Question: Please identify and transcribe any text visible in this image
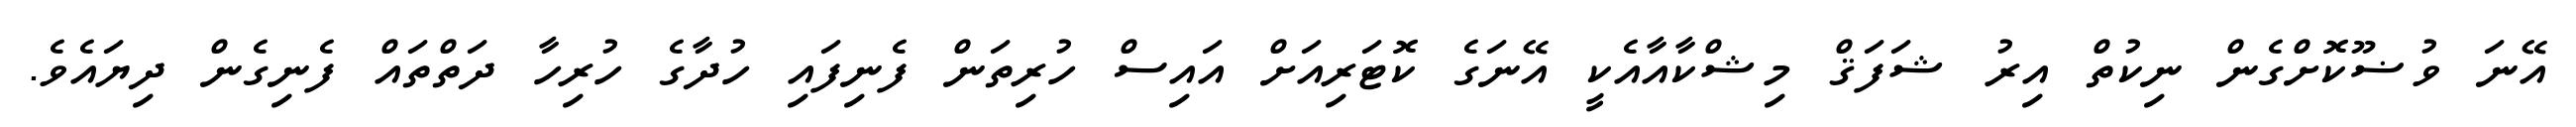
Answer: އޭނަ ވުޟޫކޮށްގެން ނިކުތް އިރު ޝަފަޤް މިޝްކާއާއެކީ އޭނަގެ ކޮޓަރިއަށް އައިސް ހުރިތަން ފެނިފައި ހުދާގެ ހުރިހާ ދަތްތައް ފެނިގެން ދިޔައެވެ.